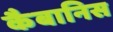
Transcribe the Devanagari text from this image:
कैबानिस